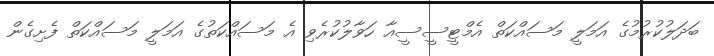
ބަދަލުކުރުމުގެ އަމަލީ މަސައްކަތް އެމްޓީސީސީއާ ހަވާލުކުރެވި އެ މަސައްކަތުގެ އަމަލީ މަސައްކަތް ފެށިގެން